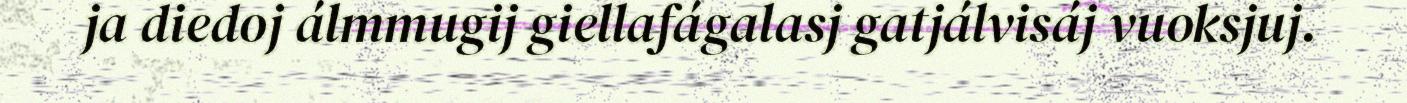
ja diedoj álmmugij giellafágalasj gatjálvisáj vuoksjuj.